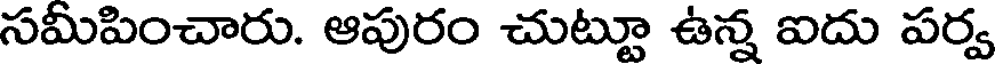
సమీపించారు. ఆపురం చుట్టూ ఉన్న ఐదు పర్వ